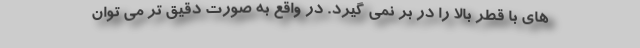
های با قطر بالا را در بر نمی گیرد. در واقع به صورت دقیق تر می توان